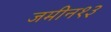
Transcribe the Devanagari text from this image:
जमीन१३